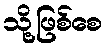
သို့ဖြစ်စေ